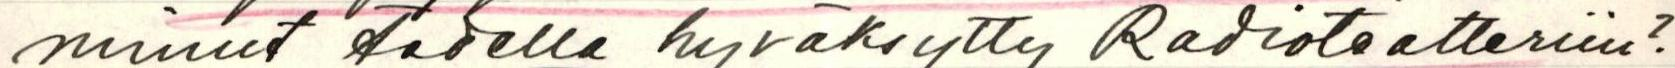
minut todella hyväksytty Radioteatteriin?